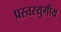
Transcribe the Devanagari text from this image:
प्रस्तरयुगीय